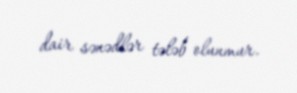
dair sənədlər tələb olunmur.